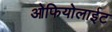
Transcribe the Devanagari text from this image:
ओफियोलाईट